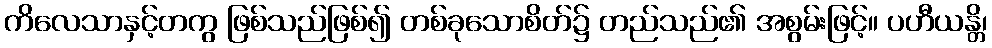
ကိလေသာနှင့်တကွ ဖြစ်သည်ဖြစ်၍ တစ်ခုသောစိတ်၌ တည်သည်၏ အစွမ်းဖြင့်။ ပဟီယန္တိ၊